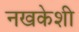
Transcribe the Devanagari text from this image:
नखकेशी